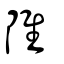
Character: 陮